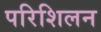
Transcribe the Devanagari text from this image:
परिशिलन